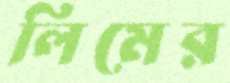
লিমের